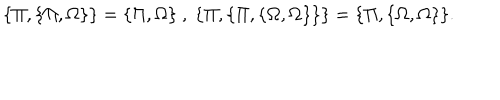
\{ \Pi , \{ \Pi , \Omega \} \} = \{ \Pi , \Omega \} ~ , ~ \{ \Pi , \{ \Pi , \{ \Omega , \Omega \} \} \} = \{ \Pi , \{ \Omega , \Omega \} \} .